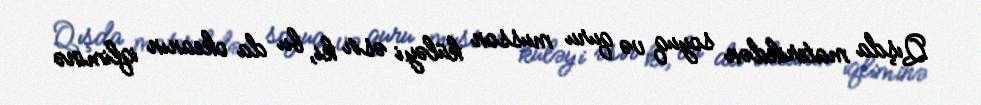
Qışda materikdən soyuq və quru musson küləyi əsir ki, bu da okeanın iqliminə